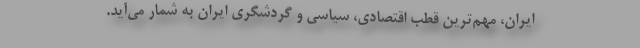
ایران، مهم‌ترین قطب اقتصادی، سیاسی و گردشگری ایران به شمار می‌آید.